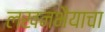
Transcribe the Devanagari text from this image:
लखनभैयाचा